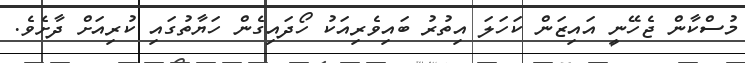
މުސްކާން ޖެހޭނީ އައިޒަން ކަހަލަ އިތުރު ބައިވެރިއަކު ހޯދައިގެން ހަޔާތުގައި ކުރިއަށް ދާށެވެ.